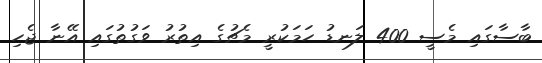
ބާސާގައި މެސީ 400 ލަނޑު ހަަމަކުރީ މެޗުގެ އިތުރު ވަގުތުގައި އޭނާ ޖެހި